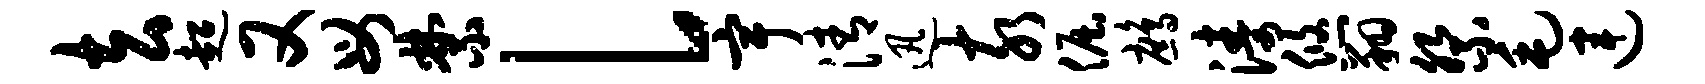
去超又母禁l宇清迅亥倔鹧涛悠翔祭毛连